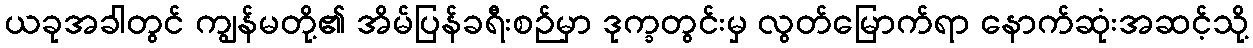
ယခုအခါတွင် ကျွန်မတို့၏ အိမ်ပြန်ခရီးစဉ်မှာ ဒုက္ခတွင်းမှ လွတ်မြောက်ရာ နောက်ဆုံးအဆင့်သို့